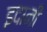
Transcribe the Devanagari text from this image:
इदानीं